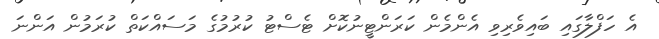
އެ ހަފްލާގައި ބައިވެރިވި އެންމެން ކަރަންޓީނުކޮށް ޓެސްޓު ކުރުމުގެ މަސައްކަތް ކުރަމުން އަންނަ